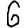
Digit: 6